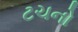
ટચનો